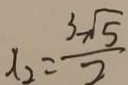
X _ { 2 } = \frac { 3 \sqrt { 5 } } { 2 }